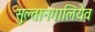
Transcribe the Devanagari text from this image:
सुल्तानगालियेव